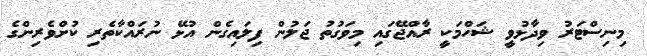
މިނިސްޓަރު ވިދާޅުވީ ޝަހްމަކީ ރާއްޖޭގައި މިވަގުތު ޖަލުން ފިލައިގެން އުޅޭ ނުރައްކާތެރި ކުށްވެރިންގެ